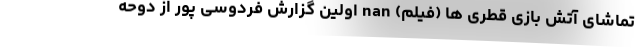
تماشای آتش بازی قطری ها (فیلم) nan اولین گزارش فردوسی پور از دوحه